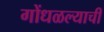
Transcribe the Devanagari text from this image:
गोंधळल्याची